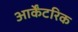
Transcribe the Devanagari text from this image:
आर्केंटरिक